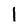
Character: 1